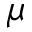
\mu